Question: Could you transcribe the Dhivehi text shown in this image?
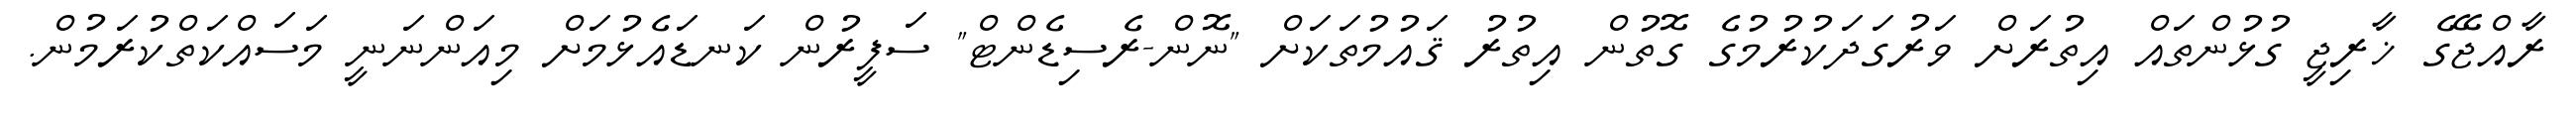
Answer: ރާއްޖޭގެ ޚާރިޖީ ގުޅުންތައް އިތުރަށް ވަރުގަދަކުރުމުގެ ގޮތުން އިތުރު ޤައުމުތަކަށް "ނޮން-ރެސިޑެންޓް" ސަފީރުން ކަނޑައެޅުމަށް މިއަންނަނީ މަސައްކަތްކުރަމުން.